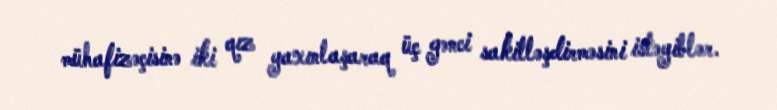
mühafizəçisinə iki qız yaxınlaşaraq üç gənci sakitləşdirməsini istəyiblər.